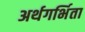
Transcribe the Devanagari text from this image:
अर्थगर्भिता